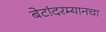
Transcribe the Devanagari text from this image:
बेटांदरम्यानचा